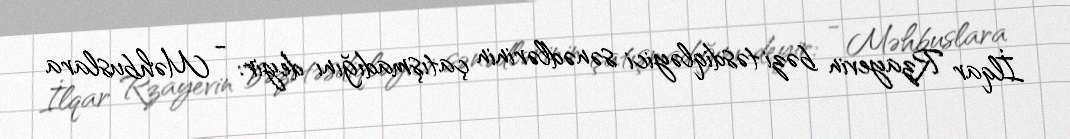
İlqar Rzayevin bəzi təsdiqləyici sənədlərinin çatışmadığını deyir: - Məhbuslara